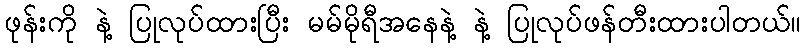
ဖုန်းကို နဲ့ ပြုလုပ်ထားပြီး မမ်မိုရီအနေနဲ့ နဲ့ ပြုလုပ်ဖန်တီးထားပါတယ်။